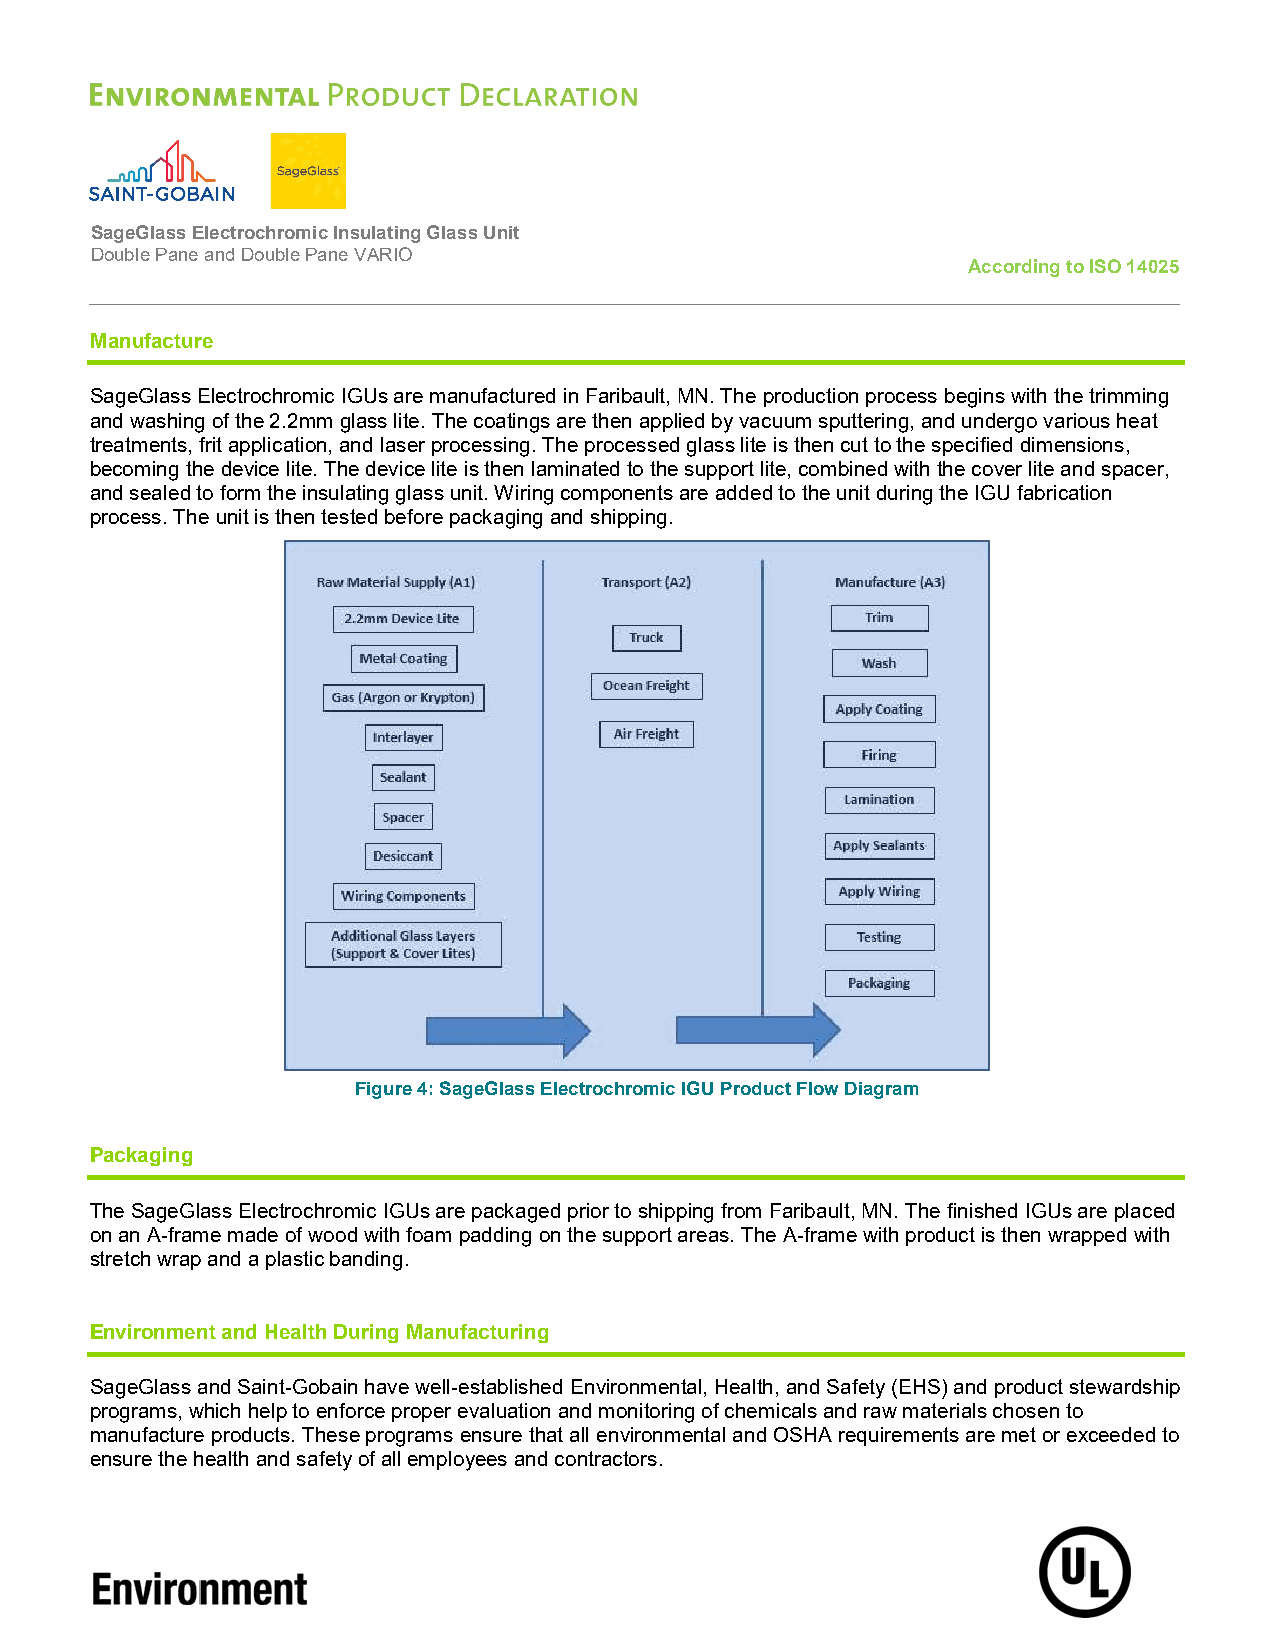
SageGlass Electrochromic Insulating Glass Unit
 Double Pane and Double Pane VARIO
 According to ISO 14025
 Manufacture
 SageGlass Electrochromic IGUs are manufactured in Faribault, MN. The production process begins with the trimming
 and washing of the 2.2mm glass lite. The coatings are then applied by vacuum sputtering, and undergo various heat
 treatments, frit application, and laser processing. The processed glass lite is then cut to the specified dimensions,
 becoming the device lite. The device lite is then laminated to the support lite, combined with the cover lite and spacer,
 and sealed to form the insulating glass unit. Wiring components are added to the unit during the IGU fabrication
 process. The unit is then tested before packaging and shipping.
 Figure 4: SageGlass Electrochromic IGU Product Flow Diagram
 Packaging
 The SageGlass Electrochromic IGUs are packaged prior to shipping from Faribault, MN. The finished IGUs are placed
 on an A-frame made of wood with foam padding on the support areas. The A-frame with product is then wrapped with
 stretch wrap and a plastic banding.
 Environment and Health During Manufacturing
 SageGlass and Saint-Gobain have well-established Environmental, Health, and Safety (EHS) and product stewardship
 programs, which help to enforce proper evaluation and monitoring of chemicals and raw materials chosen to
 manufacture products. These programs ensure that all environmental and OSHA requirements are met or exceeded to
 ensure the health and safety of all employees and contractors.